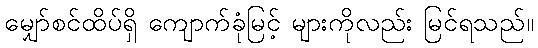
မျှော်စင်ထိပ်ရှိ ကျောက်ခုံမြင့် များကိုလည်း မြင်ရသည်။